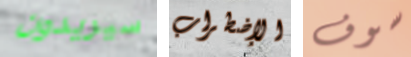
سيريدون الإضطراب سوف